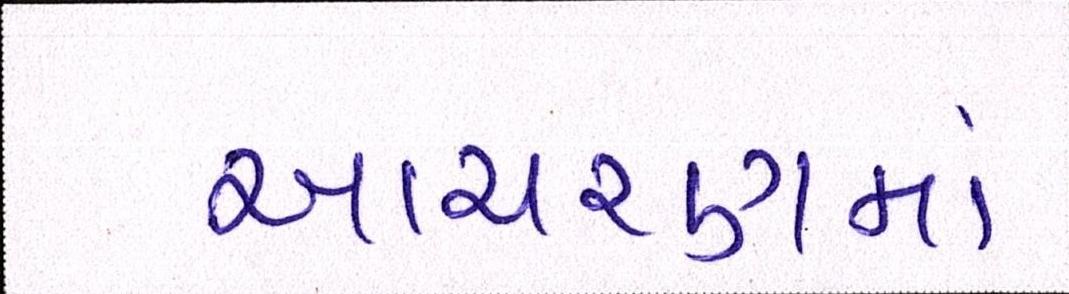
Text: આચરણમાં